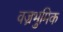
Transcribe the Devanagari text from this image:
वज्रभुमिक